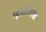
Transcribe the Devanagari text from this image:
म्हातारचळ